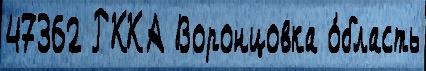
47362 РККА Воронцовка о́бласть